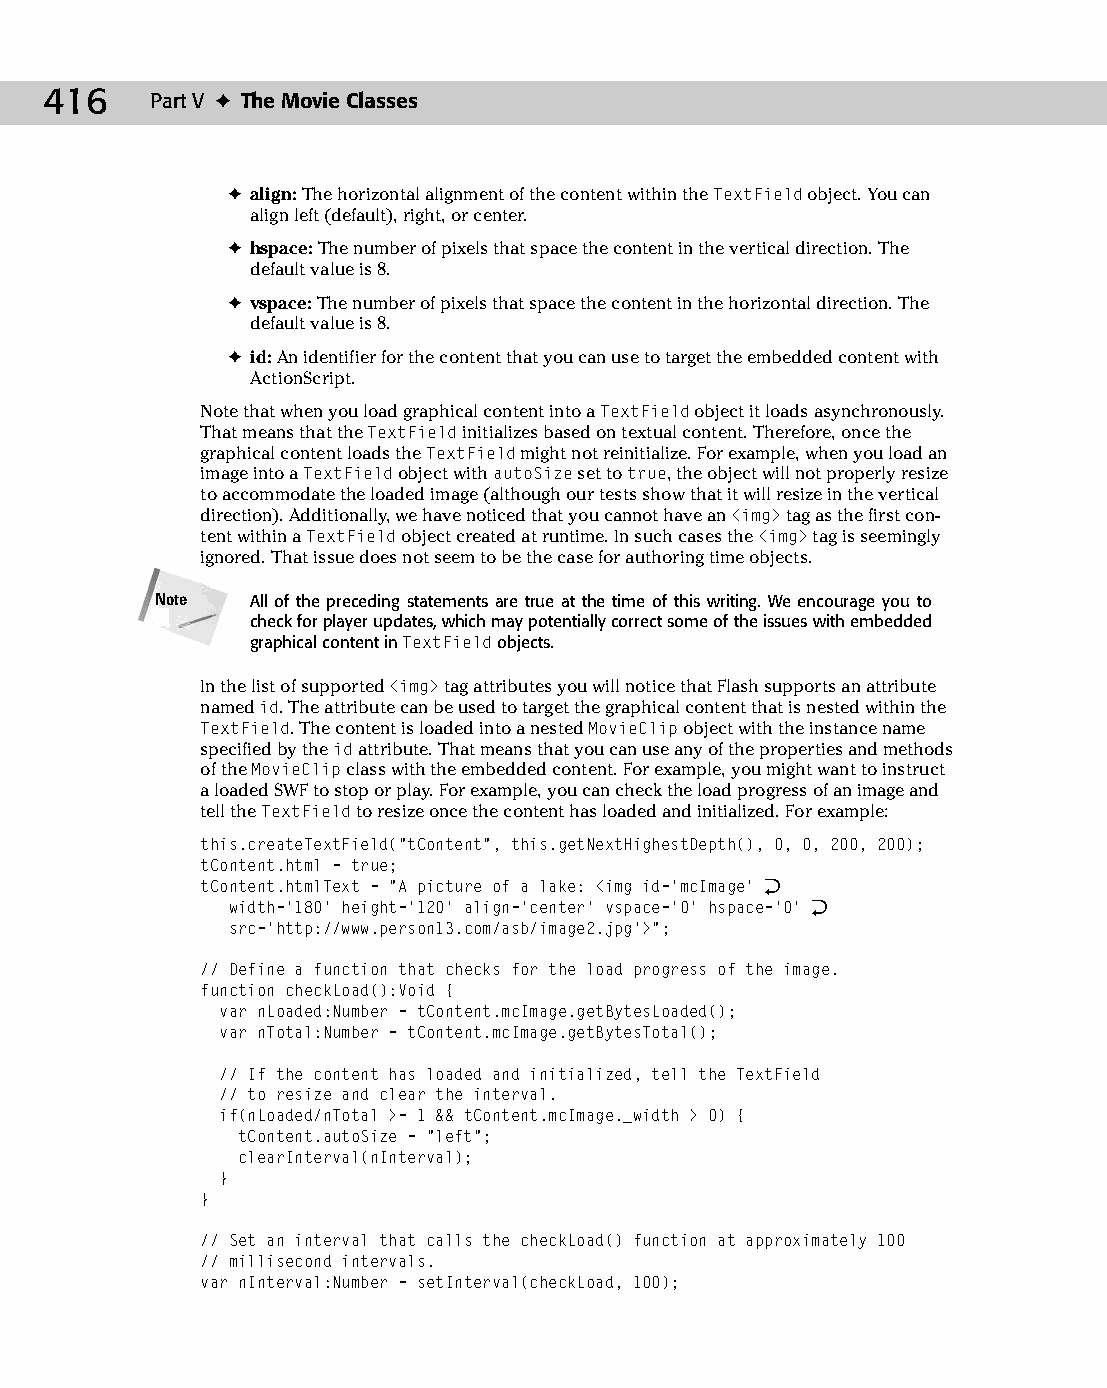
23 543547 ch17.qxd 3/24/04 4:11 PM Page 416
 416    Part V ✦ The Movie Classes
 ✦ align: The horizontal alignment of the content within the TextField object. You can
 align left (default), right, or center.
 ✦ hspace: The number of pixels that space the content in the vertical direction. The
 default value is 8.
 ✦ vspace: The number of pixels that space the content in the horizontal direction. The
 default value is 8.
 ✦ id: An identifier for the content that you can use to target the embedded content with
 ActionScript.
 Note that when you load graphical content into a TextField object it loads asynchronously.
 That means that the TextField initializes based on textual content. Therefore, once the
 graphical content loads the TextField might not reinitialize. For example, when you load an
 image into a TextField object with autoSize set to true, the object will not properly resize
 to accommodate the loaded image (although our tests show that it will resize in the vertical
 direction). Additionally, we have noticed that you cannot have an  tag as the first con­
 tent within a TextField object created at runtime. In such cases the  tag is seemingly
 ignored. That issue does not seem to be the case for authoring time objects.
 Note   All of the preceding statements are true at the time of this writing. We encourage you to
 check for player updates, which may potentially correct some of the issues with embedded
 graphical content in TextField objects.
 In the list of supported  tag attributes you will notice that Flash supports an attribute
 named id. The attribute can be used to target the graphical content that is nested within the
 TextField. The content is loaded into a nested MovieClip object with the instance name
 specified by the id attribute. That means that you can use any of the properties and methods
 of the MovieClip class with the embedded content. For example, you might want to instruct
 a loaded SWF to stop or play. For example, you can check the load progress of an image and
 tell the TextField to resize once the content has loaded and initialized. For example:
 this.createTextField(“tContent”, this.getNextHighestDepth(), 0, 0, 200, 200);
 tContent.html = true;
 tContent.htmlText = “A picture of a lake: <img id=’mcImage’ Æ
 width=’180’ height=’120’ align=’center’ vspace=’0’ hspace=’0’ Æ
 src=’http://www.person13.com/asb/image2.jpg’>”;
 // Define a function that checks for the load progress of the image.
 function checkLoad():Void {
 var nLoaded:Number = tContent.mcImage.getBytesLoaded();
 var nTotal:Number = tContent.mcImage.getBytesTotal();
 // If the content has loaded and initialized, tell the TextField
 // to resize and clear the interval.
 if(nLoaded/nTotal >= 1 && tContent.mcImage._width > 0) {
 tContent.autoSize = “left”;
 clearInterval(nInterval);
 }
 }
 // Set an interval that calls the checkLoad() function at approximately 100
 // millisecond intervals.
 var nInterval:Number = setInterval(checkLoad, 100);